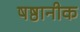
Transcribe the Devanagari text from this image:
षष्ठानीक